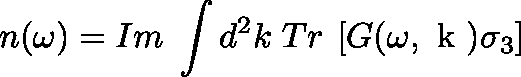
n ( \omega ) = I m \; \int d ^ { 2 } k \; T r \: \left[ G ( \omega , \mathrm { \boldmath ~ k ~ } ) \sigma _ { 3 } \right]